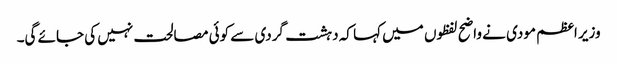
وزیر اعظم مودی نے واضح لفظوں میں کہا کہ دہشت گردی سے کوئی مصالحت نہیں کی جائے گی۔